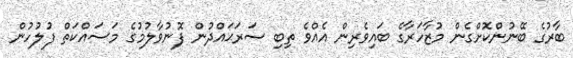
ބާރުގެ ބޭނުންކޮށްގެން މުޒާހަރާގެ ބައިވެރިން އެއްވެ ތިބި ސަރަޙައްދުން ފޮނުވާލުމުގެ މަސައްކަތް ފުލުހުން